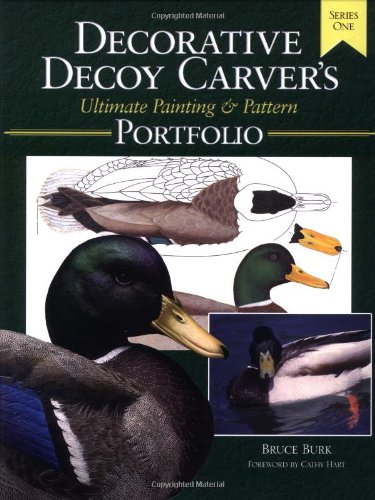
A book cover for Decorative Decoy Carvers Ultimate Painting & Pattern Portfolio - Series One; Bruce Burk; Crafts, Hobbies & Home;